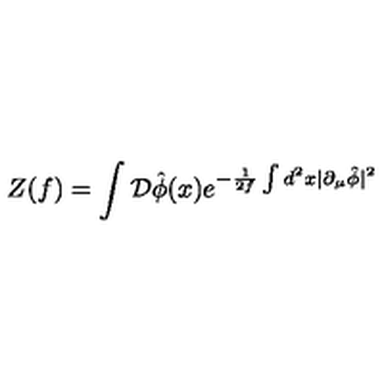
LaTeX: Z ( f ) = \int { \cal D } \hat { \phi } ( x ) e ^ { - \frac { 1 } { 2 f } \int d ^ { 2 } x | \partial _ { \mu } \hat { \phi } | ^ { 2 } }